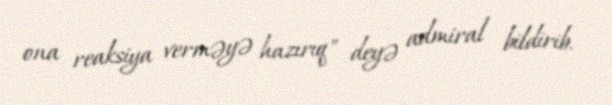
ona reaksiya verməyə hazırıq" deyə admiral bildirib.